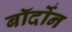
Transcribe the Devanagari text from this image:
बॉर्दोन